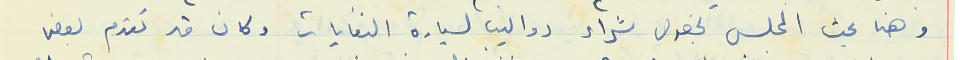
وهنا بحث المجلس بخصوص شراء دواليب لسيارة النفايات وكان قد تقدم بعض